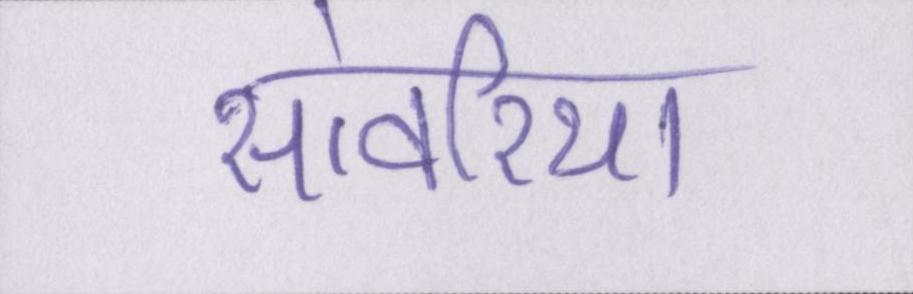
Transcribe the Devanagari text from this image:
सांवरिया